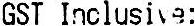
GST INCLUSIVE: